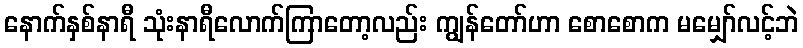
နောက်နှစ်နာရီ သုံးနာရီလောက်ကြာတော့လည်း ကျွန်တော်ဟာ စောစောက မမျှော်လင့်ဘဲ